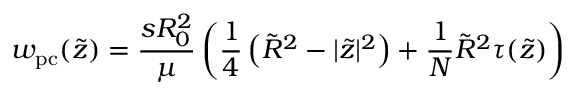
w _ { \mathrm { p c } } ( \tilde { z } ) = \frac { s R _ { 0 } ^ { 2 } } { \mu } \left( \frac { 1 } { 4 } \left( \tilde { R } ^ { 2 } - | \tilde { z } | ^ { 2 } \right) + \frac { 1 } { N } \tilde { R } ^ { 2 } \tau ( \tilde { z } ) \right)